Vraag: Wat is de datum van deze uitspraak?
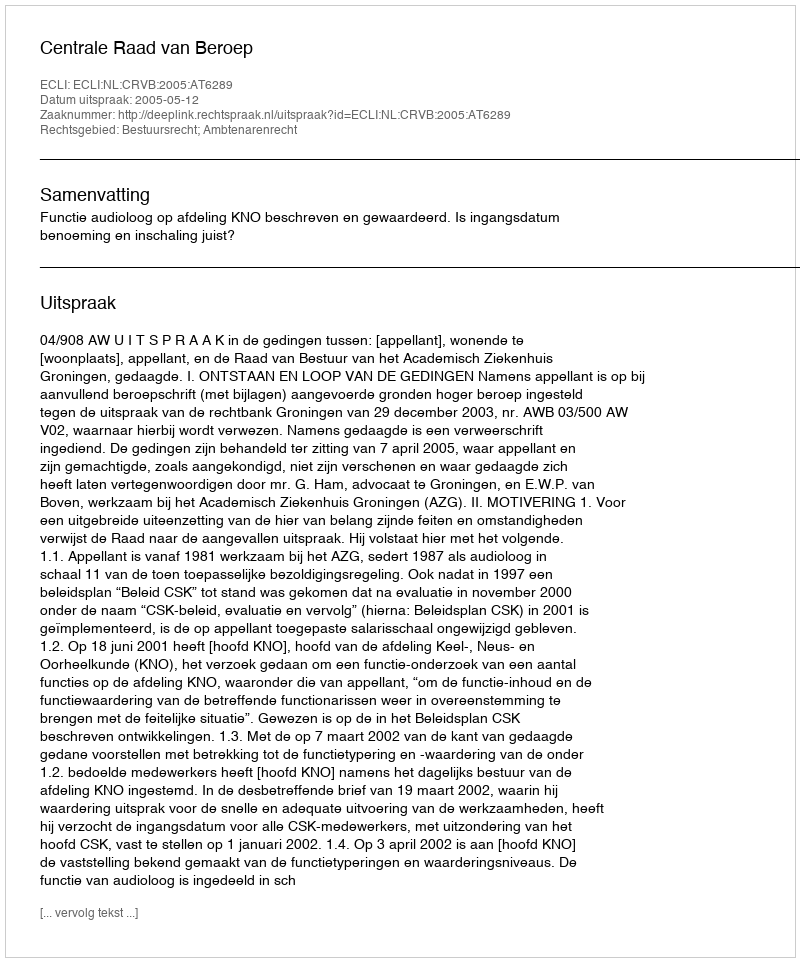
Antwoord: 2005-05-12